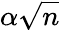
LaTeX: \alpha\sqrt{n}